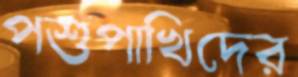
পশুপাখিদের